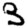
Digit: 3